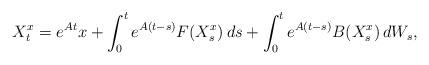
LaTeX: \begin{align*}X^x_t =e^{ A t } x+\int_0^te^{ A (t - s) }F( X^x_s )\,ds+\int_0^te^{ A (t - s) }B( X^x_s )\,dW_s,\end{align*}